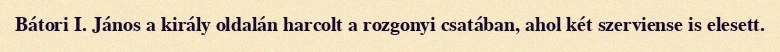
Bátori I. János a király oldalán harcolt a rozgonyi csatában, ahol két szerviense is elesett.